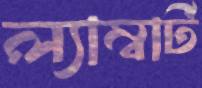
ল্যাম্বার্ট